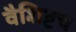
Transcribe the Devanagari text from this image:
वैशिष्टच